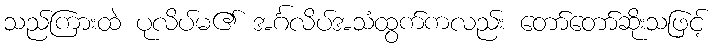
သည်ကြားထဲ ပုလိပ်မ၏ အင်္ဂလိပ်အသံထွက်ကလည်း တော်တော်ဆိုးသဖြင့်